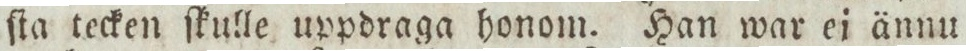
ſta tecken ſkulle uppdraga honom. Han war ei ännu